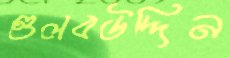
গুলবউদ্দিন